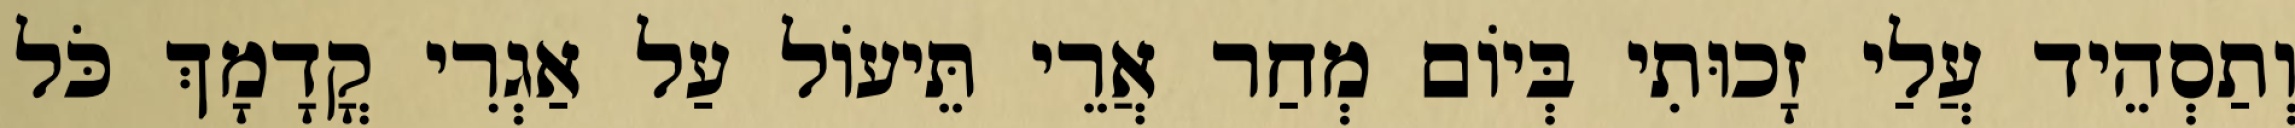
וְתַסְהֵיד עֲלַי זָכוּתִי בְּיוֹם מְחַר אֲרֵי תֵּיעוֹל עַל אַגְרִי קֳדָמָךְ כֹּל